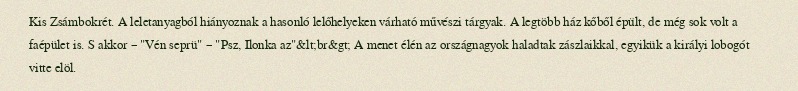
Kis Zsámbokrét. A leletanyagból hiányoznak a hasonló lelőhelyeken várható művészi tárgyak. A legtöbb ház kőből épült, de még sok volt a faépület is. S akkor – "Vén seprü" – "Psz, Ilonka az"&lt;br&gt; A menet élén az országnagyok haladtak zászlaikkal, egyikük a királyi lobogót vitte elöl.